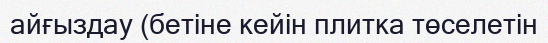
айғыздау (бетіне кейін плитка төселетін